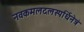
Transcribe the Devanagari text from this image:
नवकमलदलस्पर्धिनेत्रं